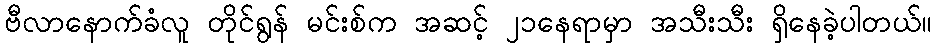
ဗီလာနောက်ခံလူ တိုင်ရွန် မင်းစ်က အဆင့် ၂၁နေရာမှာ အသီးသီး ရှိနေခဲ့ပါတယ်။